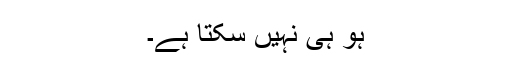
ہو ہی نہیں سکتا ہے۔